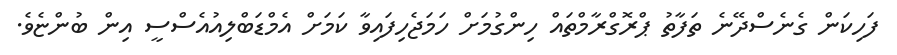
ފަހިކަން ގެނެސްދޭނެ ތަފާތު ޕްރޮގްރާމްތައް ހިންގުމަށް ހަމަޖެހިފައިވާ ކަމަށް އެމްޑަބްލިއުއެސްސީ އިން ބުންޏެވެ.